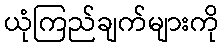
ယုံကြည်ချက်များကို